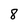
Character: 8